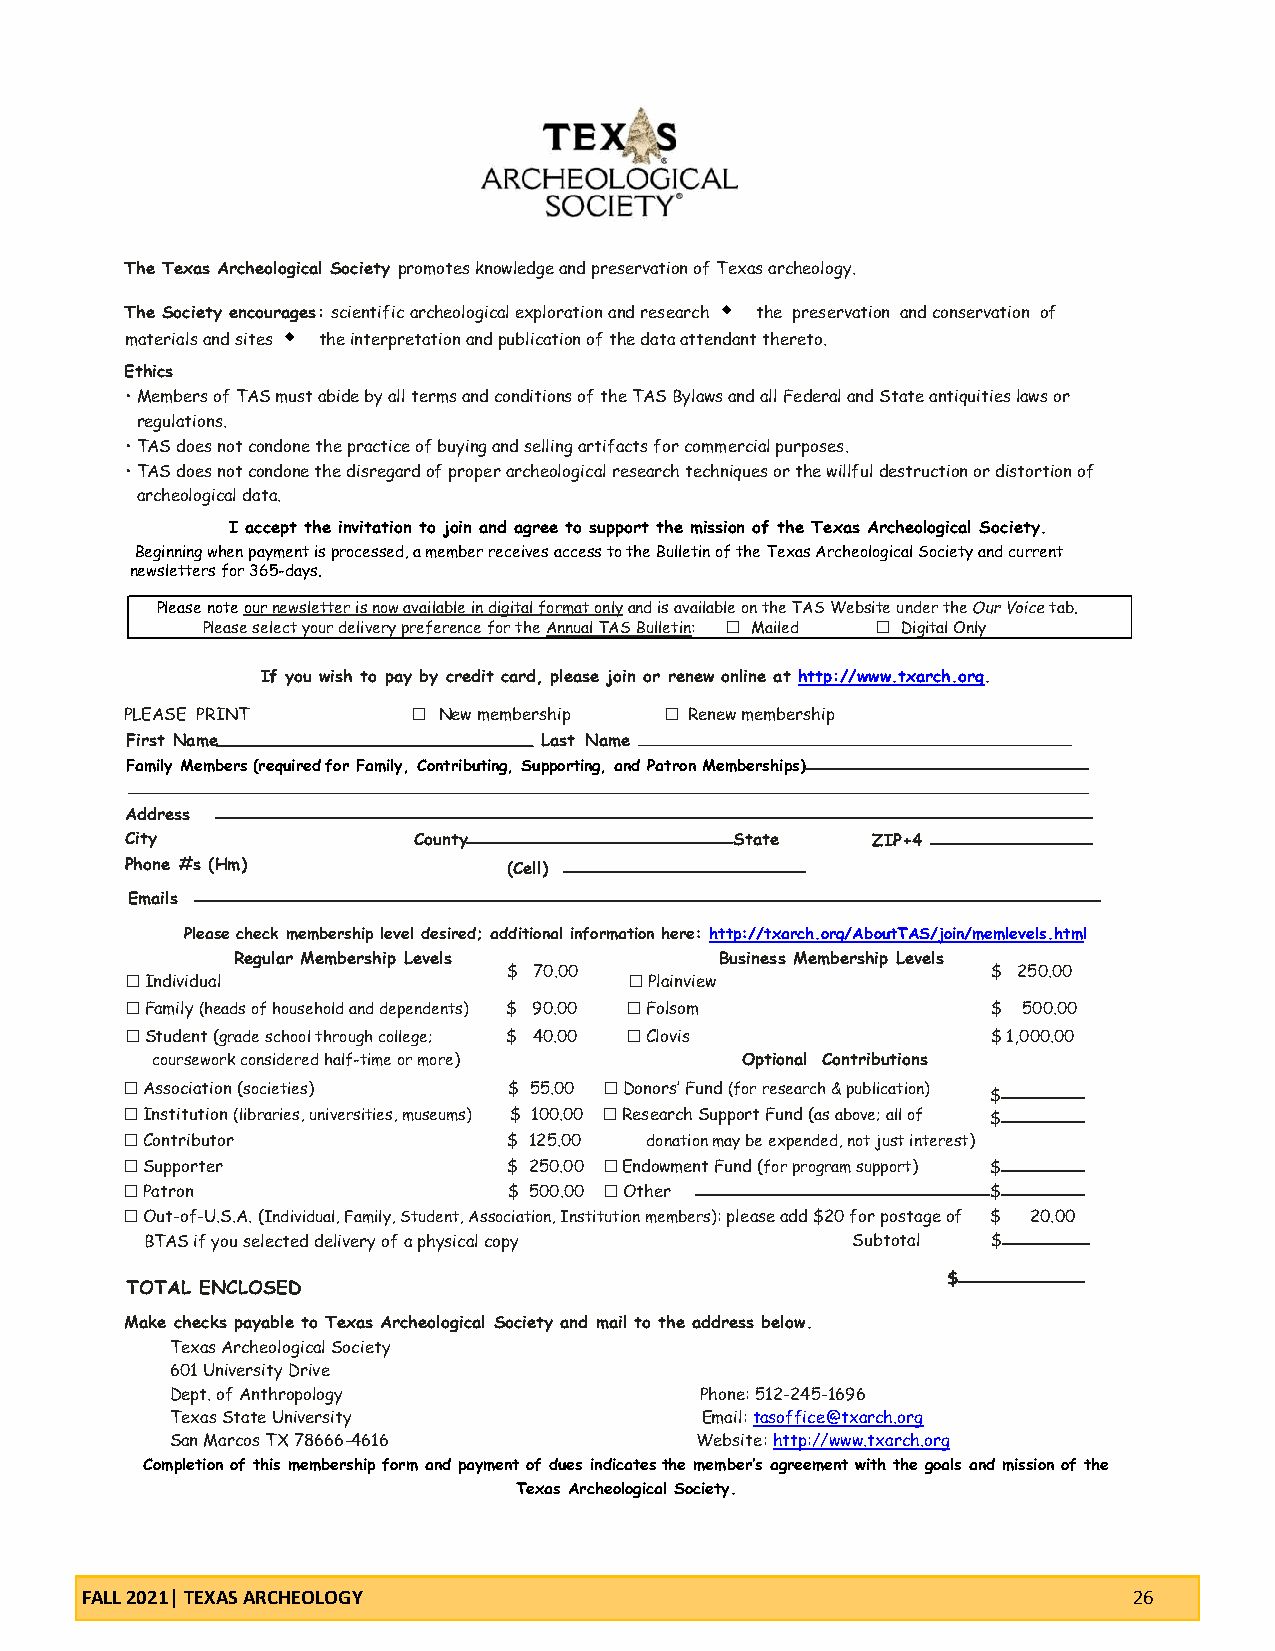
The Texas Archeological Society promotes knowledge and preservation of Texas archeology.
 The Society encourages: scientific archeological exploration and research the preservation and conservation of
 materials and sites the interpretation and publication of the data attendant thereto.
 Ethics
 • Members of TAS must abide by all terms and conditions of the TAS Bylaws and all Federal and State antiquities laws or
 regulations.
 • TAS does not condone the practice of buying and selling artifacts for commercial purposes.
 • TAS does not condone the disregard of proper archeological research techniques or the willful destruction or distortion of
 archeological data.
 I accept the invitation to join and agree to support the mission of the Texas Archeological Society.
 Beginning when payment is processed, a member receives access to the Bulletin of the Texas Archeological Society and current
 newsletters for 365-days.
 Please note our newsletter is now available in digital format only and is available on the TAS Website under the Our Voice tab.
 Please select your delivery preference for the Annual TAS Bulletin: ☐ Mailed ☐ Digital Only
 If you wish to pay by credit card, please join or renew online at http://www.txarch.org.
 PLEASE PRINT       ☐ New membership ☐ Renew membership
 First Name _______________________ ______________ Last Name ____________________________________________________
 Family Members ( required f or Family, Contributing, Supporting, and Patron Memberships )
 Address
 City               County                State    ZIP+4
 Phone #s ( Hm )           ( Cell )
 Emails
 Please check membership level desired; additional information here: http://txarch.org/AboutTAS/join/memlevels.html
 Regular Membership Levels       Business Membership Levels
 ☐ Individual
 $ 70.00
 ☐ Plainview
 $ 250.00
 ☐ Family (heads of household and dependents) $ 90.00 ☐ Folsom $ 500.00
 ☐ Student (grade school through college; $ 40.00 ☐ Clovis $ 1,000.00
 coursework considered half-time or more) Optional Contributions
 ☐ Association (societies) $ 55.00 ☐ Donors’ Fund (for research & publication)
 $
 ☐ Institution (libraries, universities, museums) $ 100.00 ☐ Research Support Fund (as above; all of $
 ☐ Contributor             $ 125.00 donation may be expended, not just interest)
 ☐ Supporter               $ 250.00 ☐ Endowment Fund (for program support) $
 ☐ Patron                  $ 500.00 ☐ Other                $
 ☐ Out-of-U.S.A. (Individual, Family, Student, Association, Institution members): please add $20 for postage of $ 20.00
 BTAS if you selected delivery of a physical copy Subtotal $
 TOTAL ENCLOSED
 $
 Make checks payable to Texas Archeological Society and mail to the address below.
 Texas Archeological Society
 601 University Drive
 Dept. of Anthropology              Phone: 512-245-1696
 Texas State University             Email: tasoffice@txarch.org
 San Marcos TX 78666-4616           Website: http://www.txarch.org
 Completion of this membership form and payment of dues indicates the member’s agreement with the goals and mission of the
 Texas Archeological Society.
 FALL 2021| TEXAS ARCHEOLOGY                                           26